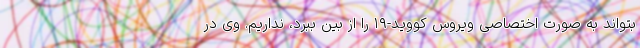
بتواند به صورت اختصاصی ویروس کووید-۱۹ را از بین ببرد، نداریم. وی در